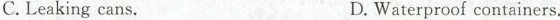
C. Leaking cans. D. Waterproof containers.